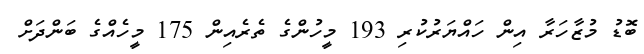
ބޮޑު މުޒާހަރާ އިން ހައްޔަރުކުރި 193 މީހުންގެ ތެރެއިން 175 މީހެއްގެ ބަންދަށް